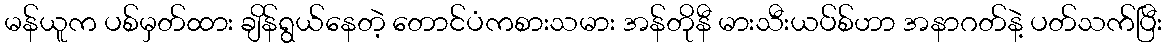
မန်ယူက ပစ်မှတ်ထား ချိန်ရွယ်နေတဲ့ တောင်ပံကစားသမား အန်တိုနီ မားသီးယပ်စ်ဟာ အနာဂတ်နဲ့ ပတ်သက်ပြီး